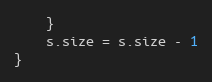
Language: Go
	}
	s.size = s.size - 1
}